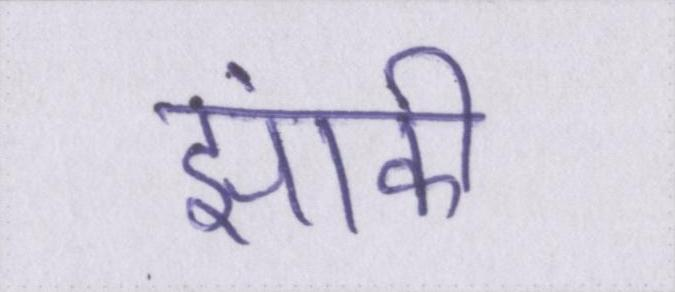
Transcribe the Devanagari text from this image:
झांकी